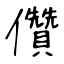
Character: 儹